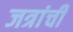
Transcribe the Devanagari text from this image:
जत्रांची